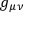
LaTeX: g _ { \mu \nu }